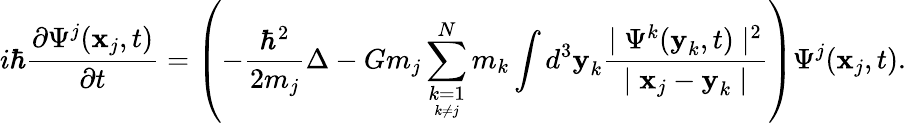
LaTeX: i\hbar\frac{\partial\Psi^{j}(\textbf{x}_{j},t)}{\partial t}=\left(-\frac{\hbar^{2}}{2m_{j}}\Delta-Gm_{j}\sum_{\underset{k\neq j}{k=1}}^{N}m_{k}\int d^{3}\textbf{y}_{k}\frac{\mid\Psi^{k}(\textbf{y}_{k},t)\mid^{2}}{\mid\textbf{x}_{j}-\textbf{y}_{k}\mid}\right)\Psi^{j}(\textbf{x}_{j},t).